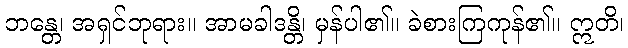
ဘန္တေ၊ အရှင်ဘုရား။ အာမခါဒန္တိ၊ မှန်ပါ၏။ ခဲစားကြကုန်၏။ ဣတိ၊